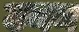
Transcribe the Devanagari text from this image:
उनम